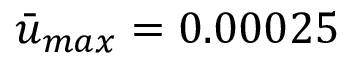
\Bar { u } _ { m a x } = 0 . 0 0 0 2 5